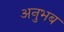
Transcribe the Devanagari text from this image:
अनुभब